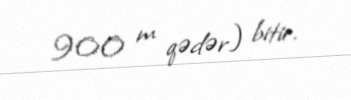
900 m qədər) bitir.